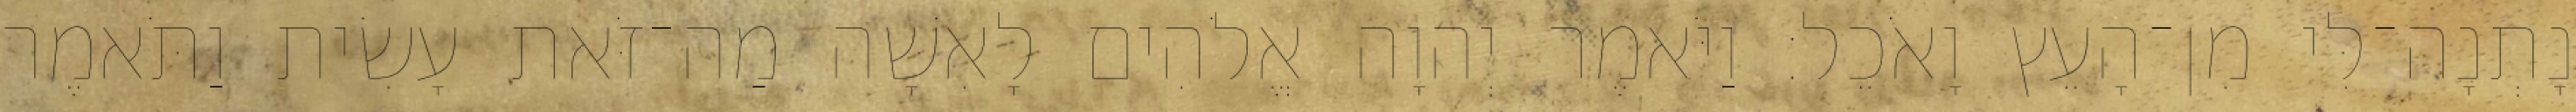
נָתְנָה־לִּי מִן־הָעֵץ וָאֹכֵל׃ וַיֹּאמֶר יְהוָה אֱלֹהִים לָאִשָּׁה מַה־זֹּאת עָשִׂית וַתֹּאמֶר